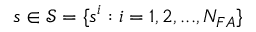
s \in \mathcal { S } = \{ s ^ { i } : i = 1 , 2 , . . . , N _ { F A } \}